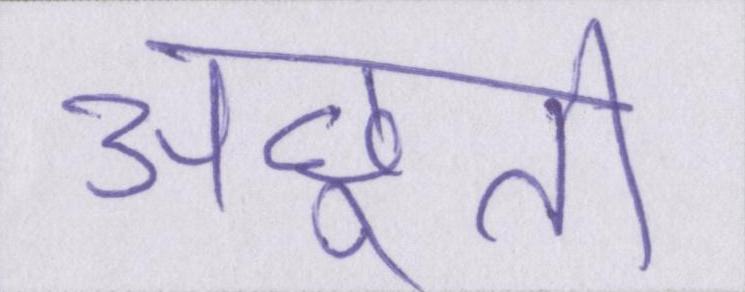
अछूती